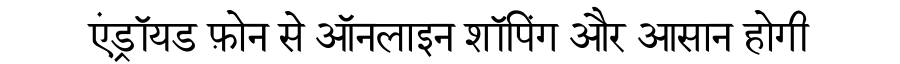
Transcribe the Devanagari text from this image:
एंड्रॉयड फ़ोन से ऑनलाइन शॉपिंग और आसान होगी